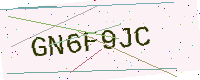
Text: GN6F9JC